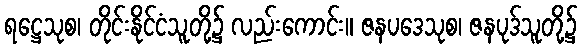
ရဋ္ဌေသုစ၊ တိုင်းနိုင်ငံသူတို့၌ လည်းကောင်း။ ဇနပဒေသုစ၊ ဇနပုဒ်သူတို့၌